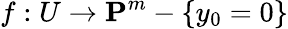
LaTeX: f:U\to\mathbf{P}^{m}-\{ y_{0}=0\}